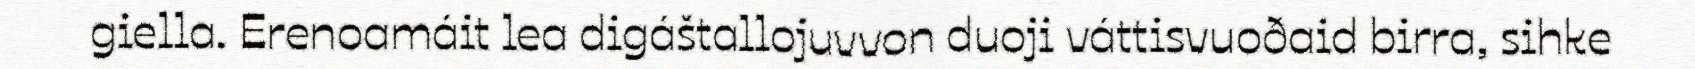
giella. Erenoamáit lea digáštallojuvvon duoji váttisvuoðaid birra, sihke